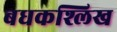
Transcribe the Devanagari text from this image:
बधकश्लिख